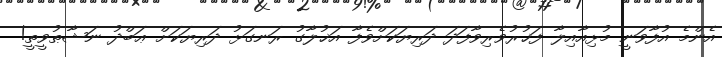
އެންމެ އުފާވަނީ މުޅިއާއިލާ ފަޚުރުވެރިވާފަދަ ދަރިޔަކަށްވެފާ އަޚުލާގު ރަނގަޅު ދަރިޔަކަށް ޢަބްދު ނަޝާޠުވީތީ!